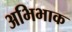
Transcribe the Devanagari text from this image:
अभिभाक